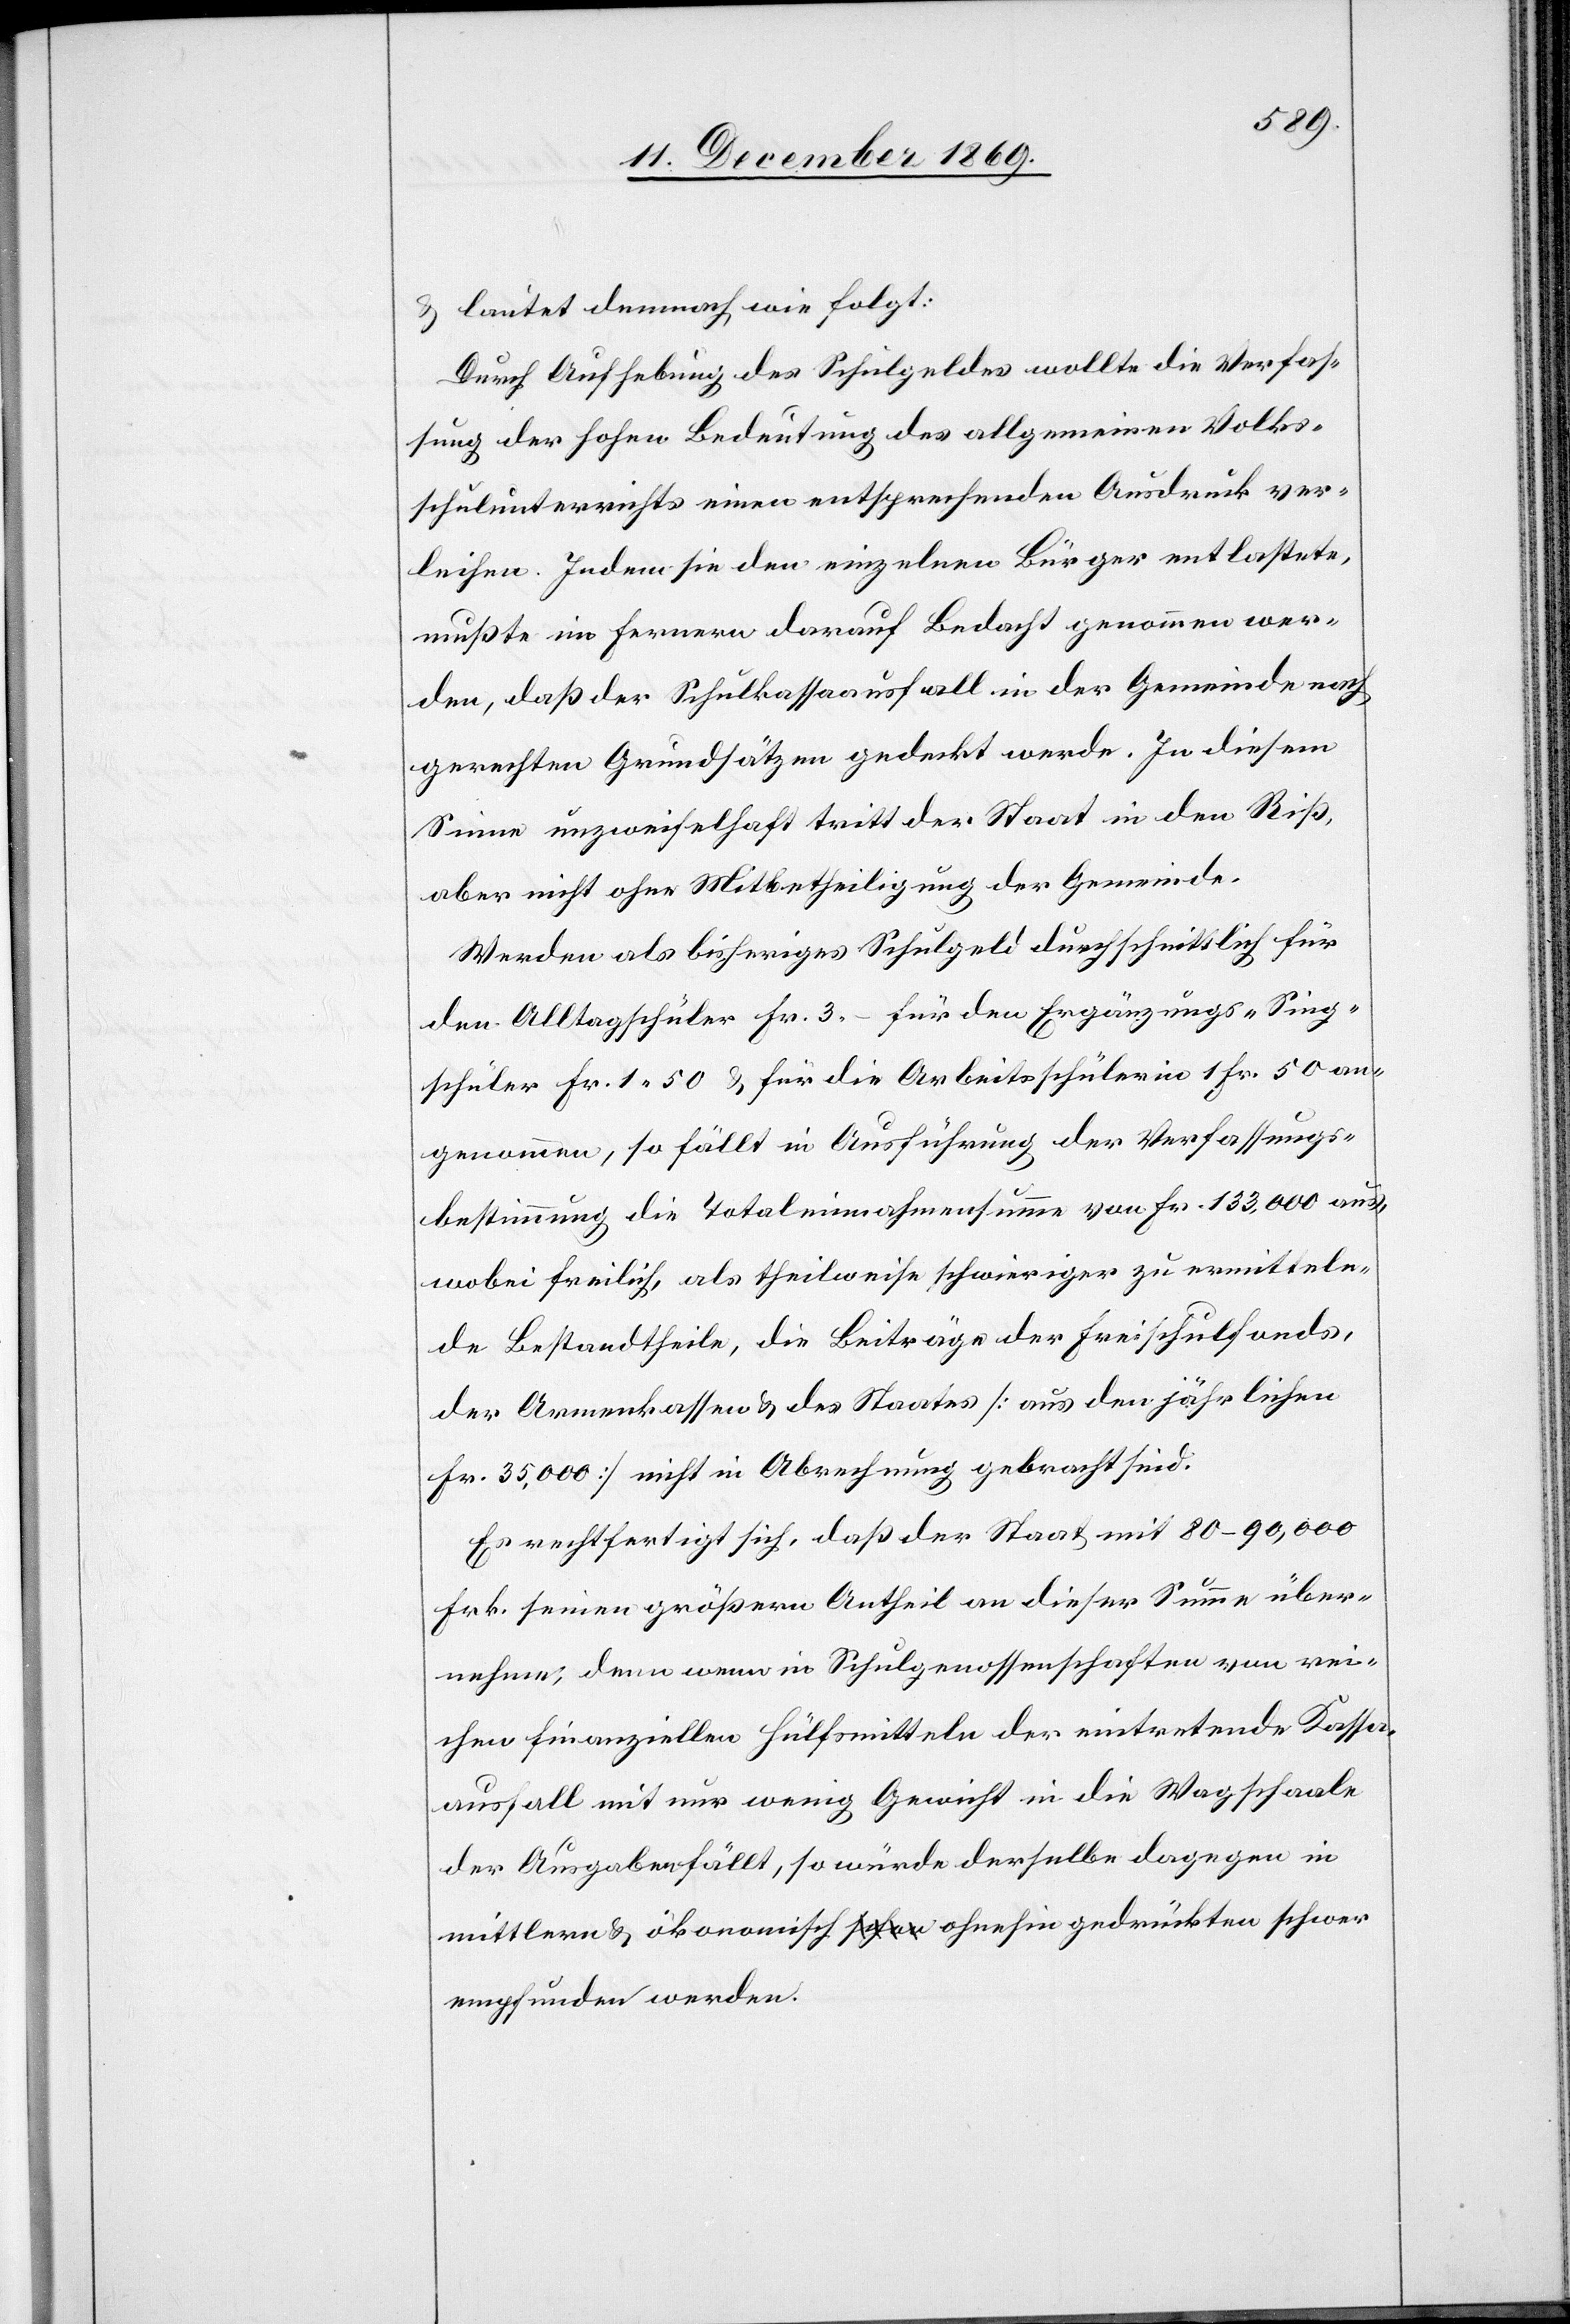
& lautet demnach wie folgt:
Durch Aufhebung des Schulgeldes wollte die Verfas¬
sung der hohen Bedeutung des allgemeinen Volks¬
schulunterrichts einen entsprechenden Ausdruck ver¬
leihen. Indem sie den einzelnen Bürger entlastete,
mußte im Fernern darauf Bedacht genommen wer¬
den, daß der Schulkassaausfall in der Gemeinde nach
gerechten Grundsätzen gedeckt werde. In diesem
Sinne unzweifelhaft tritt der Staat in den Riß,
aber nicht ohne Mitbetheiligung der Gemeinde.
Werden als bisheriges Schulgeld durchschnittlich für
den Alltagschüler Fr. 3.– für den Ergänzungs- [&] Sing¬
schüler Fr. 1.50 & für die Arbeitsschülerin 1 Fr. 50 an¬
genommen, so fällt in Ausführung der Verfassungs¬
bestimmung die Totaleinnahmensumme von Fr. 133,000 aus,
wobei freilich, als theilweise schwieriger zu ermitteln¬
de Bestandtheile, die Beiträge der Freischulfonds,
der Armenkassen & des Staates [aus den jährlichen
Fr. 35,000] nicht in Abrechnung gebracht sind.
Es rechtfertigt sich, daß der Staat mit 80–90,000
Frk. seinen größern Antheil an dieser Summe über¬
nehme, denn wenn in Schulgenossenschaften von rei¬
chen finanziellen Hülfsmitteln der eintretende Kassa¬
ausfall mit nur wenig Gewicht in die Wa[a]gschaale
der Ausgaben fällt, so würde derselbe dagegen in
mittlern & ökonomisch a-schon-a ohnehin gedrückten schwer
empfunden werden.